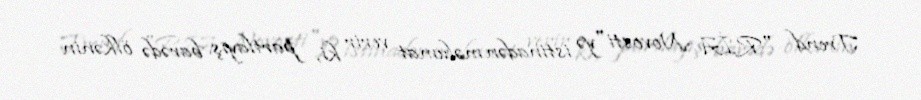
Trend "RİA Novosti"yə istinadən məlumat verir ki, partlayış barədə ölkənin